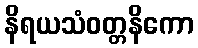
နိရယသံဝတ္တနိကော